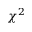
\chi ^ { 2 }